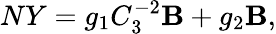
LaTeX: NY=g_{1}C_{3}^{-2}\mathbf{B}+g_{2}\mathbf{B},